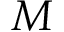
M